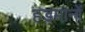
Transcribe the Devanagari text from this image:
हड़मानों